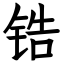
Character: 锆